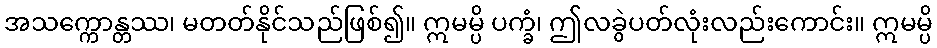
အသက္ကောန္တဿ၊ မတတ်နိုင်သည်ဖြစ်၍။ ဣမမ္ပိ ပက္ခံ၊ ဤလခွဲပတ်လုံးလည်းကောင်း။ ဣမမ္ပိ